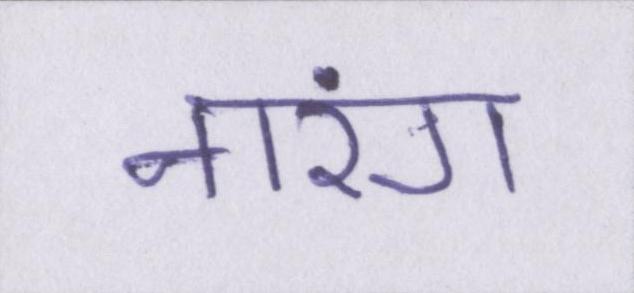
नारंग